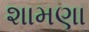
શામણા